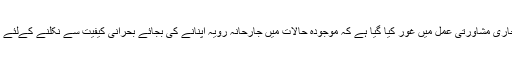
ذرائع کے مطابق لندن میں جاری مشاورتی عمل میں غور کیا گیا ہے کہ موجودہ حالات میں جارحانہ رویہ اپنانے کی بجائے بحرانی کیفیت سے نکلنے کےلئے پارلیمنٹ کا سہارا لیا جائے ۔